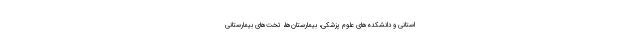
استانی و دانشکده‌های علوم پزشکی، بیمارستان‌ها، تخت‌های بیمارستانی